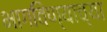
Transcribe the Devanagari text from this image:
भागविण्याच्या